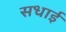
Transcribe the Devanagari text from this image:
सधाई